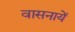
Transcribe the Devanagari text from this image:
वासनायें